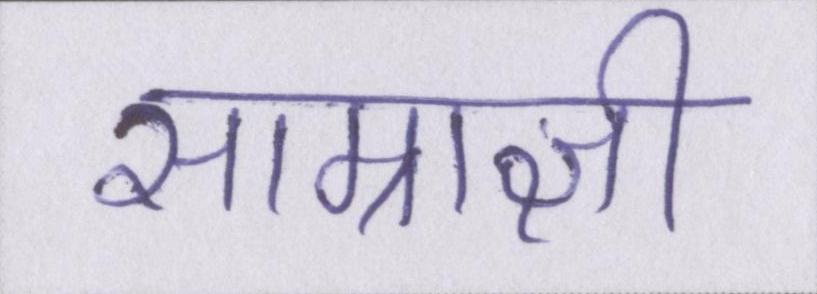
साम्राज्ञी